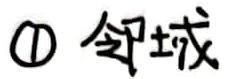
\textcircled{1} 邻域